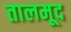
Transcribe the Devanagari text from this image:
तालमूद